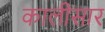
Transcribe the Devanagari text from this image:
कालीसार